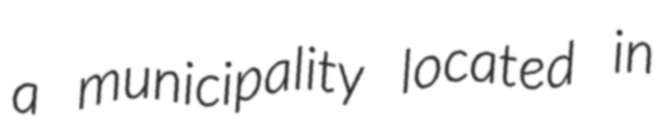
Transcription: a municipality located in